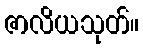
ဇာလိယသုတ်။